Report of the Municipal Commissioner on the plague in Bombay for the year ending 31st May... - Volume 1
Disease focus: Plague
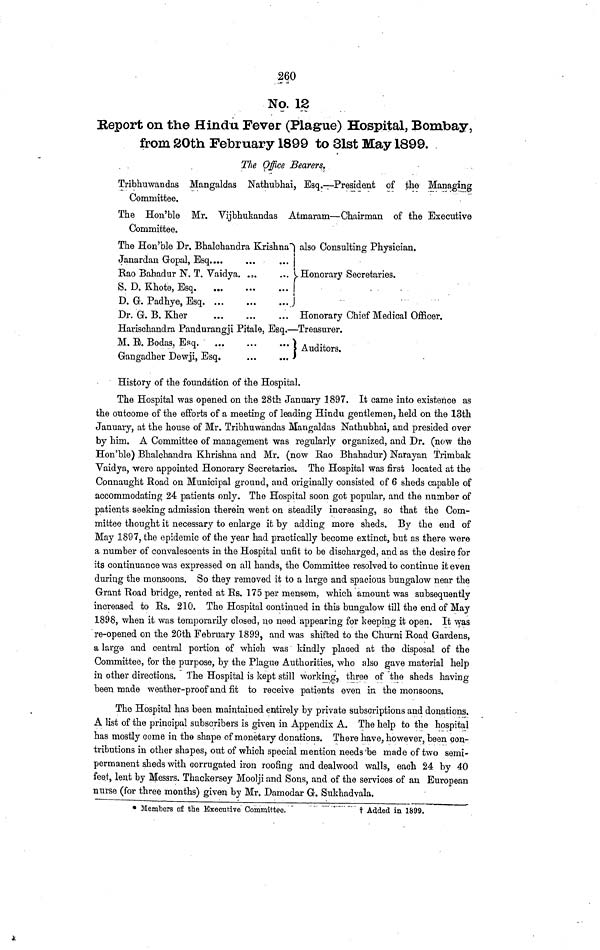
260
No. 12
Report on the Hindu Fever (Plague) Hospital, Bombay,
from 20th February 1899 to 31st May 1899.
The Office Bearers.
Tribhuwandas Mangaldas Nathubhai, Esq.—President of the Managing
Committee.
The Hon'ble Mr. Vijbhukandas Atmaram—Chairman of the Executive
Committee.
The Hon'ble Dr. Bhalchandra Krishna also Consulting Physician.
Janardan Gopal, Esq....
Rao Bahadur N. T. Vaidya. .
S. D. Khote, Esq
D. G. Padhye, Esq
Dr. G. B. Kher
Harischandra Pandurangji Pitale,
M. B. Bodas, Esq
Gangadher Dewji, Esq.
i
. .Honorary
... Honorary
Esq. — Treasurer.
Auditors.
Secretaries.
Chief Medical Officer.
History of the foundation of the Hospital.
The Hospital was opened on the 28th January 1897. It came into existence as
the outcome of the efforts of a meeting of leading Hindu gentlemen, held on the 13th
January, at the house of Mr. Tribhuwandas Mangaldas Nathubhai, and presided over
by him. A Committee of management was regularly organized, and Dr. (now the
Hon'ble) Bhalchandra Khrishna and Mr. (now Eao Bhahadur) Narayan Trimbak
Vaidya, were appointed Honorary Secretaries. The Hospital was first located at the
Connaught Road on Municipal ground, and originally consisted of 6 sheds capable of
accommodating 24 patients only. The Hospital soon got popular, and the number of
patients seeking admission therein went on steadily increasing, so that the Com-
mittee thought it necessary to enlarge it by adding more sheds. By the end of
May 1897, the epidemic of the year had practically become extinct, but as there were
a number of convalescents in the Hospital unfit to be discharged, and as the desire for
its continuance was expressed on all hands, the Committee resolved to continue it even
during the monsoons. So they removed it to a large and spacious bungalow near the
Grant Road bridge, rented at Rs. 175 per mensem, which amount was subsequently
increased to Rs. 210. The Hospital continued in this bungalow till the end of May
1898, when it was temporarily closed, no need appearing for keeping it open. It was
re-opened on the 20th February 1899, and was shifted to the Churni Road Gardens,
a large and central portion of which was kindly placed at the disposal of the
Committee, for the purpose, by the Plague Authorities, who also gave material help
in other directions. The Hospital is kept still working, three of the sheds having
been made weather-proof and fit to receive patients even in the monsoons.
The Hospital has been maintained entirely by private subscriptions and donations.
A list of the principal subscribers is given in Appendix A. The help to the hospital
has mostly come in the shape of monetary donations. There have, however, been con-
tributions in other shapes, out of which special mention needs be made of two semi-
permanent sheds with corrugated iron roofing and dealwood walls, each 24 by 40
feet, lent by Messrs. Thackersey Moolji and Sons, and of the services of an European
nurse (for three months) given by Mr. Damodar G. Sukhadvala.
• Members of the Executive Committee.
†
Added in 1899.